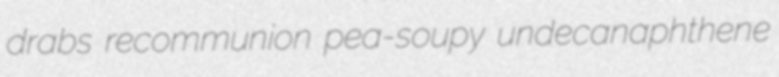
drabs recommunion pea-soupy undecanaphthene